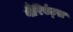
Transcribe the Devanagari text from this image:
वैरिएंट्स